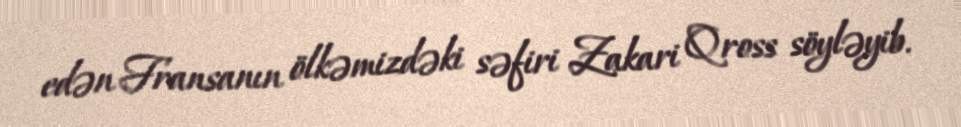
edən Fransanın ölkəmizdəki səfiri Zakari Qross söyləyib.